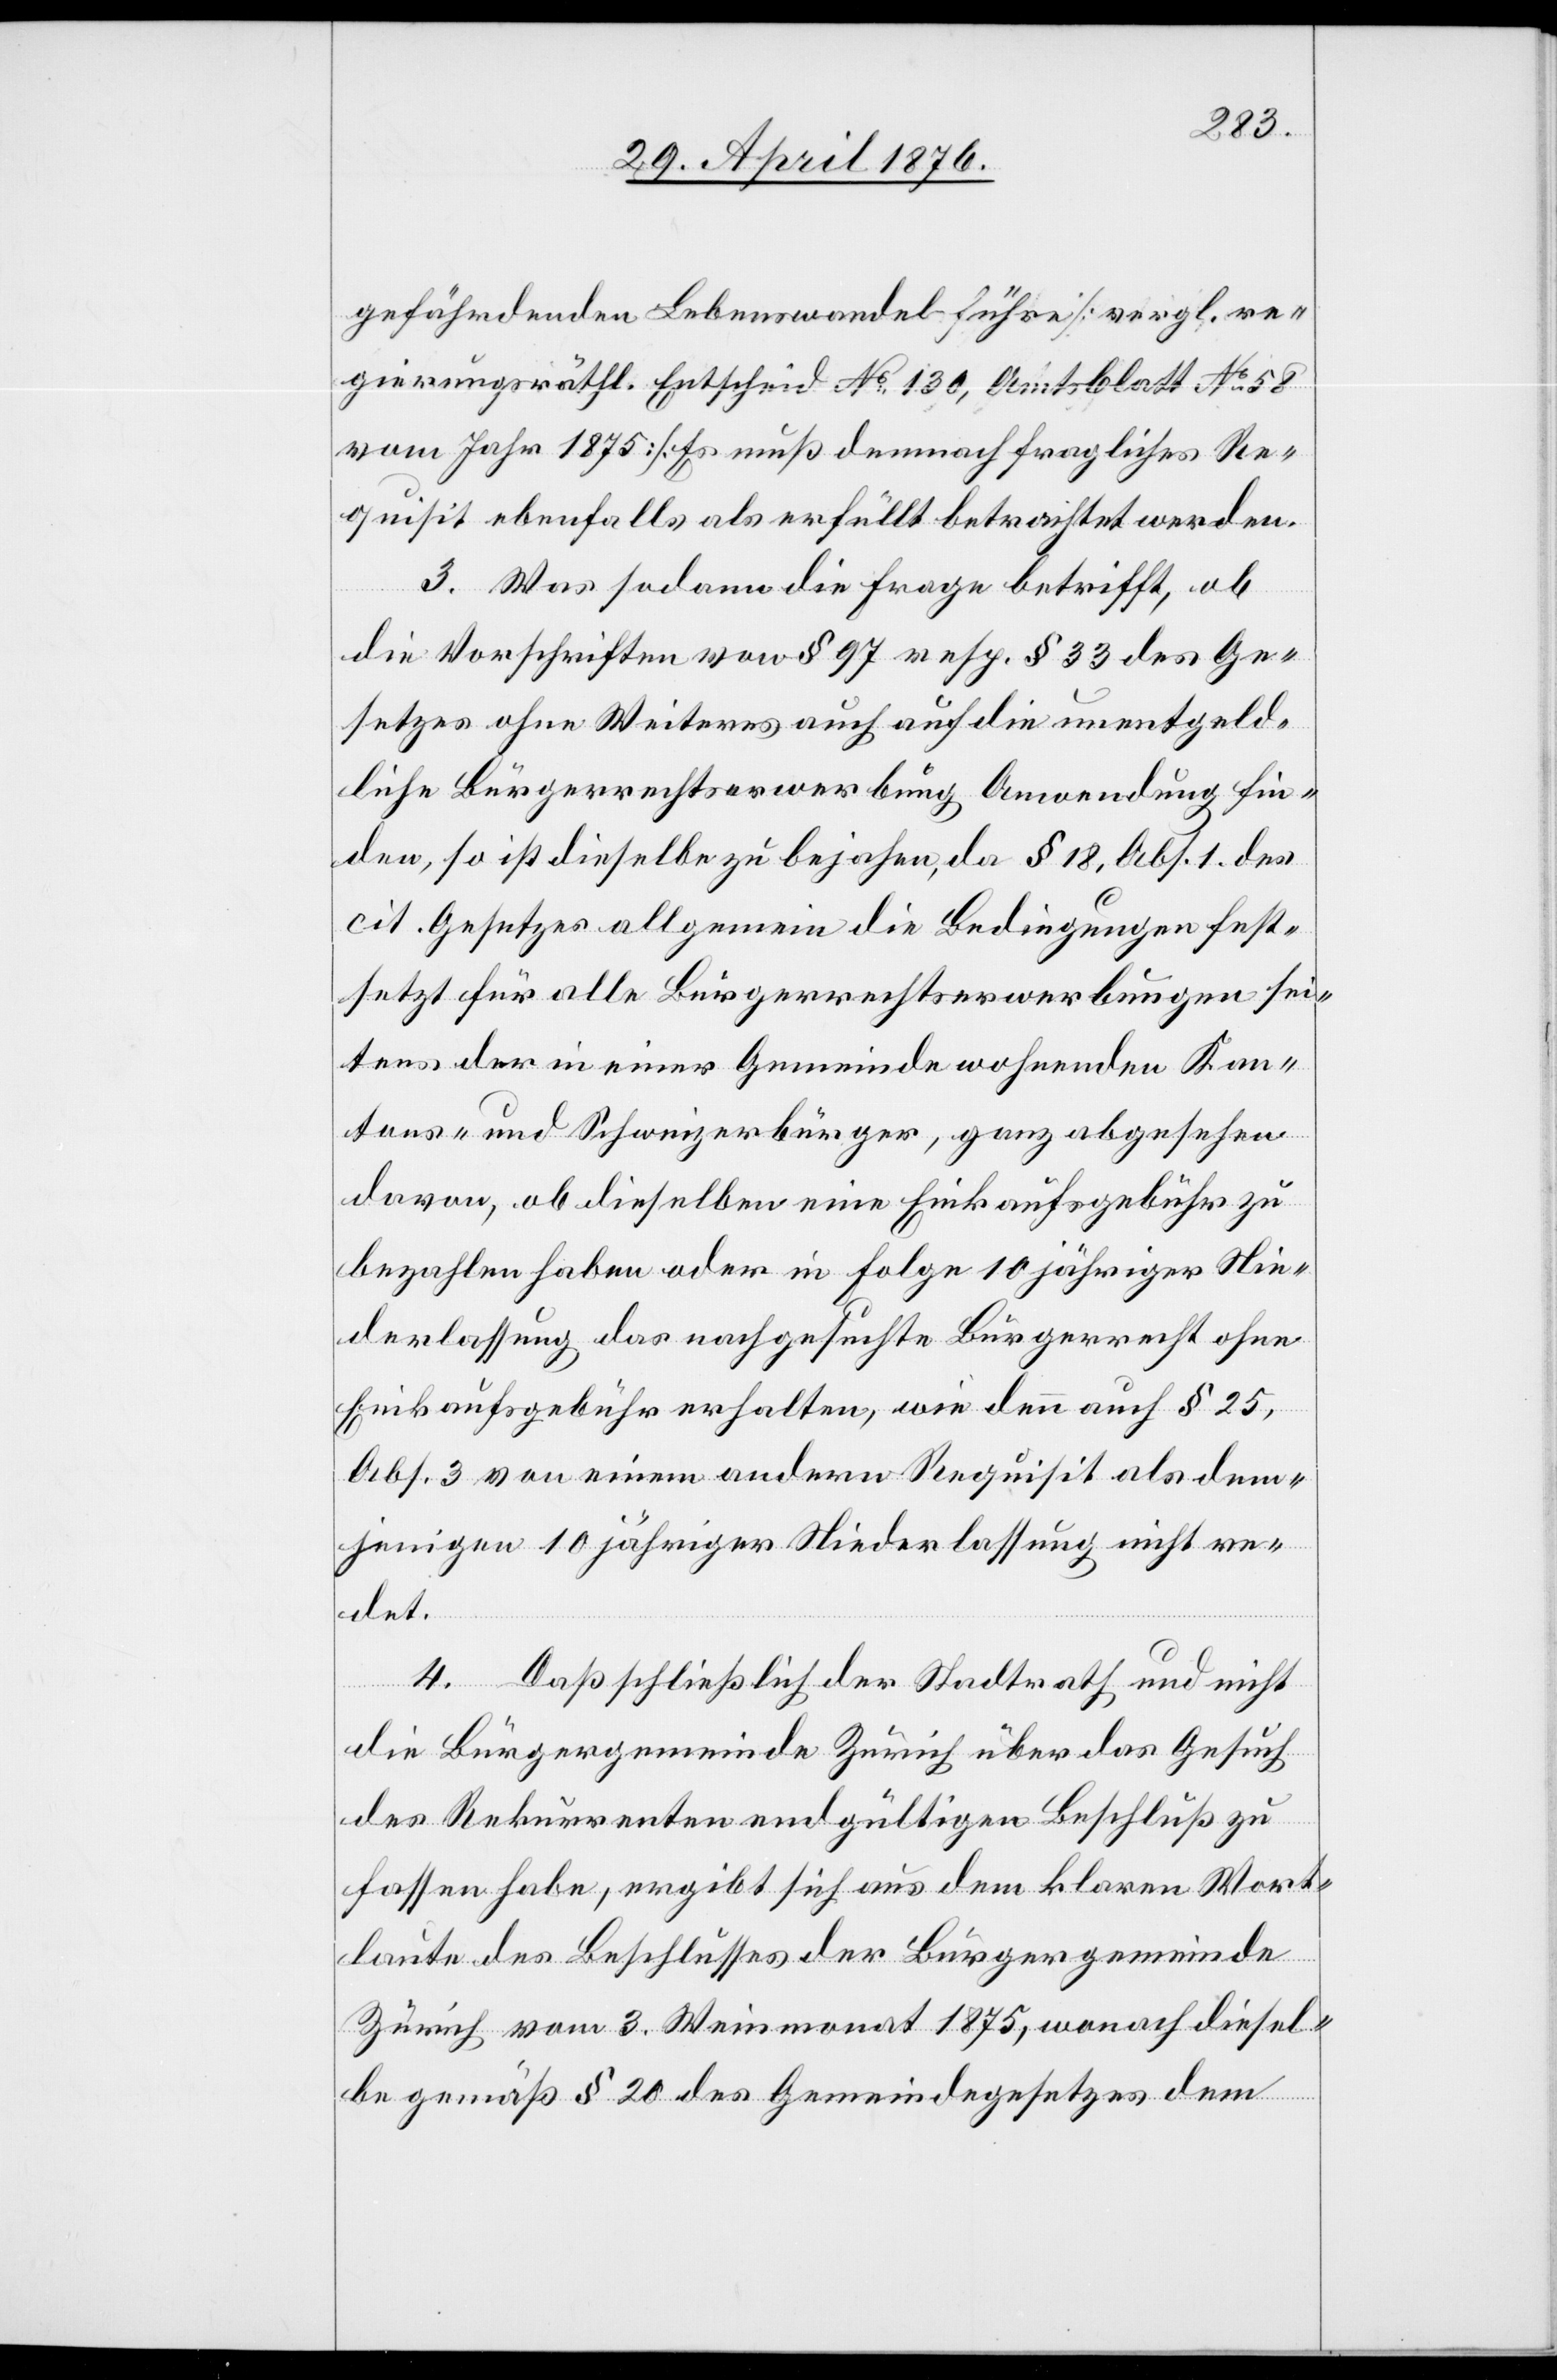
gefährdenden Lebenswandel führe [vergl. re¬
gierungsräthl. Entscheid No 58 vom Jahr 1875].
Requisit ebenfalls als erfüllt betrachtet werden.
3. Was sodann die Frage betrifft, ob
die Vorschriften von § 97 resp. 33 des Ge¬
setzes ohne Weiteres auch auf die unentgeld¬
liche Bürgerrechtserwerbung Anwendung fin¬
den, so ist dieselbe zu bejahen, da § 18, Abs. 1 des
cit. Gesetzes allgemein die Bedingungen fest¬
setzt für alle Bürgerrechtserwerbungen sei¬
tens der in einer Gemeinde wohnenden Kan¬
tons- und Schweizerbürger, ganz abgesehen
davon, ob dieselben eine Einkaufsgebühr zu
bezahlen haben oder in Folge 10jähriger Nie¬
derlassung das nachgesuchte Bürgerrecht ohne
Einkaufsgebühr erhalten, wie denn auch § 25,
Abs. 3 von einem andern Requisit als dem¬
jenigen 10jähriger Niederlassung nicht re¬
det.
4. Daß schließlich der Stadtrath und nicht
die Bürgergemeinde Zürich über das Gesuch
des Rekurrenten endgültigen Beschluß zu
fassen habe, ergibt sich aus dem klaren Wort¬
laute des Beschlusses der Bürgergemeinde
Zürich vom 3. Weinmonat 1875, wonach diesel¬
be gemäß § 20 des Gemeindegesetzes dem